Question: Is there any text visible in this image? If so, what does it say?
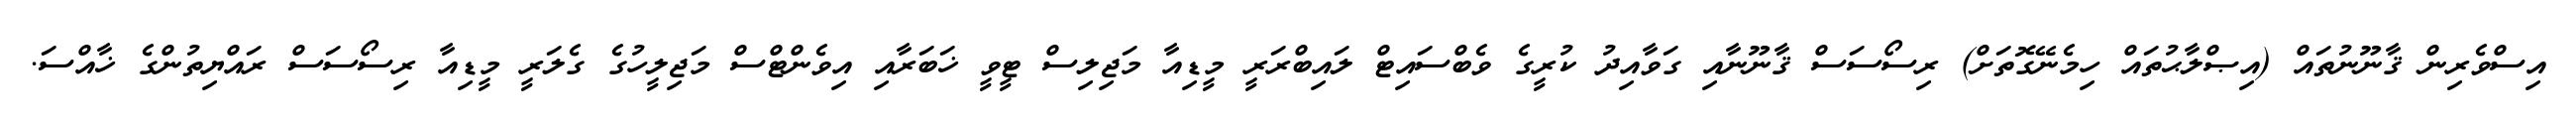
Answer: އިސްވެރިން ޤާނޫނުތައް (އިޞްލާޙުތައް ހިމެނޭގޮތަށް) ރިސޯސަސް ޤާނޫނާއި ގަވާއިދު ކުރީގެ ވެބްސައިޓް ލައިބްރަރީ މީޑިއާ މަޖިލިސް ޓީވީ ޚަބަރާއި އިވެންޓްސް މަޖިލީހުގެ ގެލަރީ މީޑިއާ ރިސޯސަސް ރައްޔިތުންގެ ޚާއްސަ.